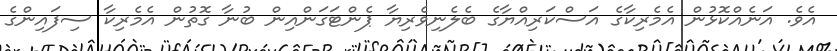
އެވެ. އަނެއްކޮޅުން އެމެރިކާގެ އަސްކަރިއްޔާގެ ބެލެނިވެރިޔާ ޕެންޓަގަންއިން ބުނާ ގޮތުން އެމެރިކާ ސިފައިންގެ